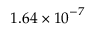
1 . 6 4 \times { { 1 0 } ^ { - 7 } }